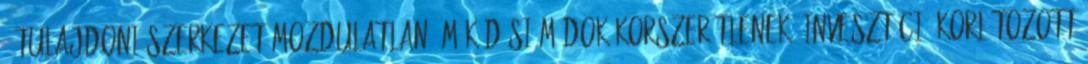
- Tulajdoni szerkezet mozdulatlan -Működési módok korszerűtlenek -Invesztíció korlátozott